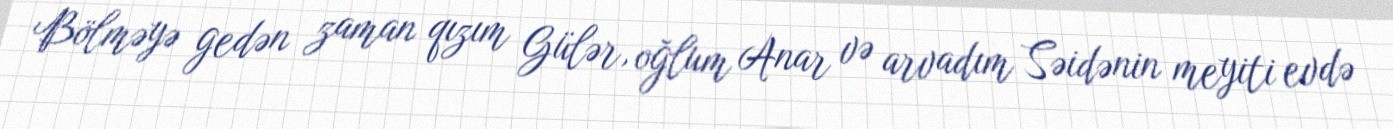
Bölməyə gedən zaman qızım Gülər, oğlum Anar və arvadım Səidənin meyiti evdə